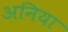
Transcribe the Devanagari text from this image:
अनिया